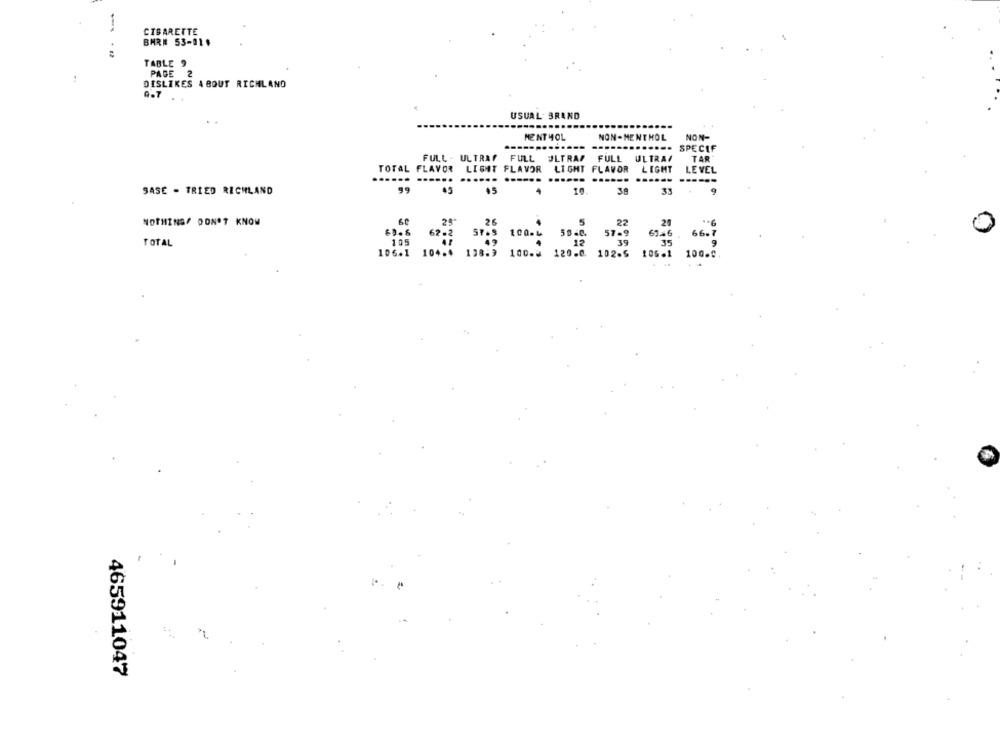
-
CIBARETTE
BHR# 53-01 .
TABLE 9
PAGE
2
DISLIKES ABOUT RICHLAND
0-7
USUAL- BRAND
MENTHOL
NON-MENTHOL
NON-
......
SPECIF
FULL - ULTRAY FULL JLTRAP FULL ULTRAI
TAR
TOTAL FLAVOR LIGHT FLAVOR
LIGHT FLAVOR
LIGHT
LEVEL
SASE - TRIED RICHLAND
99
45
05
39
NOTHING/ DON'T KNOW
0
66. 7
TOTAL
100.0
465911047